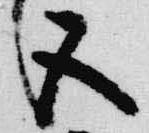
五